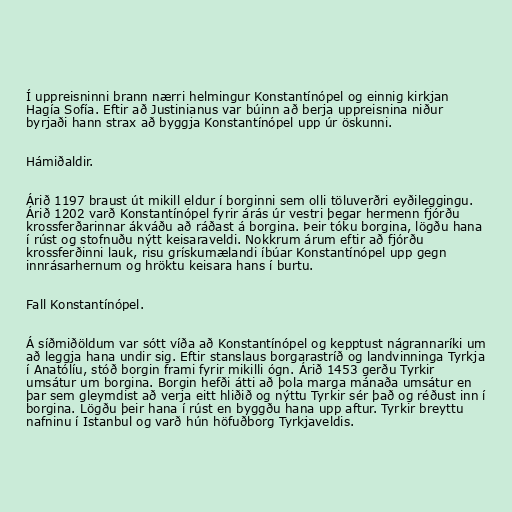
Í uppreisninni brann nærri helmingur Konstantínópel og einnig kirkjan
Hagía Sofía. Eftir að Justinianus var búinn að berja uppreisnina niður
byrjaði hann strax að byggja Konstantínópel upp úr öskunni.

Hámiðaldir.

Árið 1197 braust út mikill eldur í borginni sem olli töluverðri eyðileggingu.
Árið 1202 varð Konstantínópel fyrir árás úr vestri þegar hermenn fjórðu
krossferðarinnar ákváðu að ráðast á borgina. Þeir tóku borgina, lögðu hana
í rúst og stofnuðu nýtt keisaraveldi. Nokkrum árum eftir að fjórðu
krossferðinni lauk, risu grískumælandi íbúar Konstantínópel upp gegn
innrásarhernum og hröktu keisara hans í burtu.

Fall Konstantínópel.

Á síðmiðöldum var sótt víða að Konstantínópel og kepptust nágrannaríki um
að leggja hana undir sig. Eftir stanslaus borgarastríð og landvinninga Tyrkja
í Anatólíu, stóð borgin frami fyrir mikilli ógn. Árið 1453 gerðu Tyrkir
umsátur um borgina. Borgin hefði átti að þola marga mánaða umsátur en
þar sem gleymdist að verja eitt hliðið og nýttu Tyrkir sér það og réðust inn í
borgina. Lögðu þeir hana í rúst en byggðu hana upp aftur. Tyrkir breyttu
nafninu í Istanbul og varð hún höfuðborg Tyrkjaveldis.